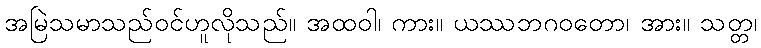
အမြဲသမာသည်ဝင်ဟူလိုသည်။ အထဝါ၊ ကား။ ယဿဘဂဝတော၊ အား။ သတ္တ၊